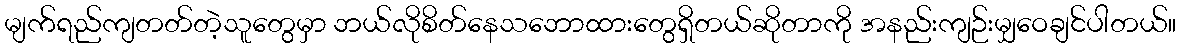
မျက်ရည်ကျတတ်တဲ့သူတွေမှာ ဘယ်လိုစိတ်နေသဘောထားတွေရှိတယ်ဆိုတာကို အနည်းကျဉ်းမျှဝေချင်ပါတယ်။